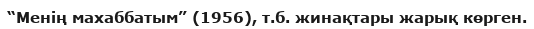
“Менің махаббатым” (1956), т.б. жинақтары жарық көрген.